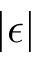
| \epsilon |